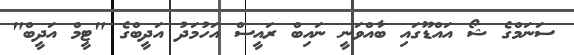
ސަނަމްގެ ޝޯ އައްޑޫގައި ބާއްވަނީ ނައިބް ރައީސް އަހުމަދު އަދީބްގެ "ޓީމް އަދީބް"